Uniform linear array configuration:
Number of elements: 4
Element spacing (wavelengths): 1
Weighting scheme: binomial
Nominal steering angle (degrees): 45
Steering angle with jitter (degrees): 44.441
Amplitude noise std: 0.05
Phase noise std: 0.05

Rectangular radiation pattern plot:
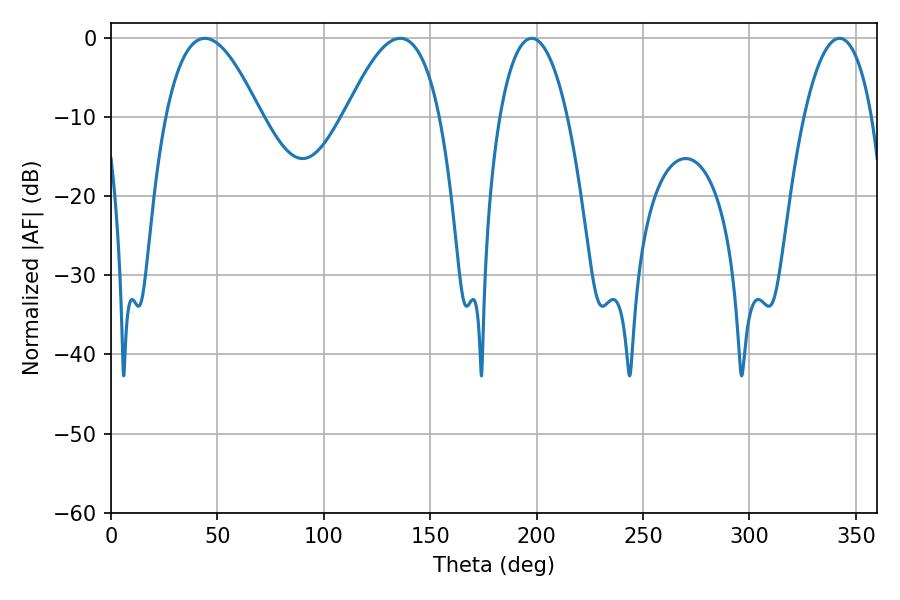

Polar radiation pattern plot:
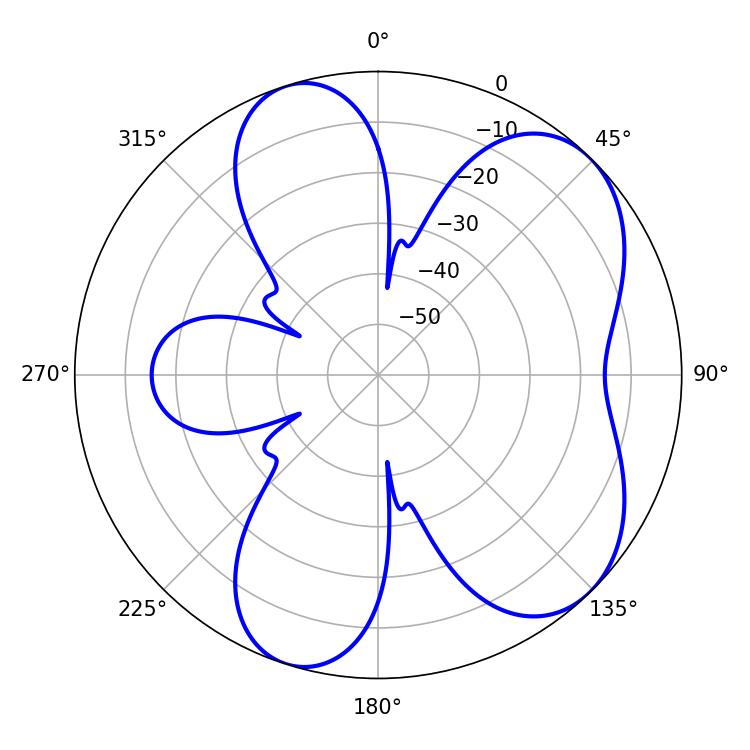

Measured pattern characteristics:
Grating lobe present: TRUE
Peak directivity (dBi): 6.423
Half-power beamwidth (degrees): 24.3
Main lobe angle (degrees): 135.9